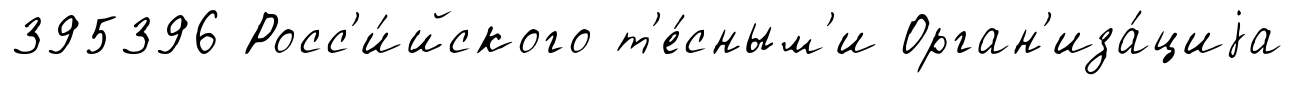
395396 Росс'и́йского т'е́сным'и Орган'иза́циjа